Vaccination report Assam 1896-1927 - 1896-1927
Year: 1896
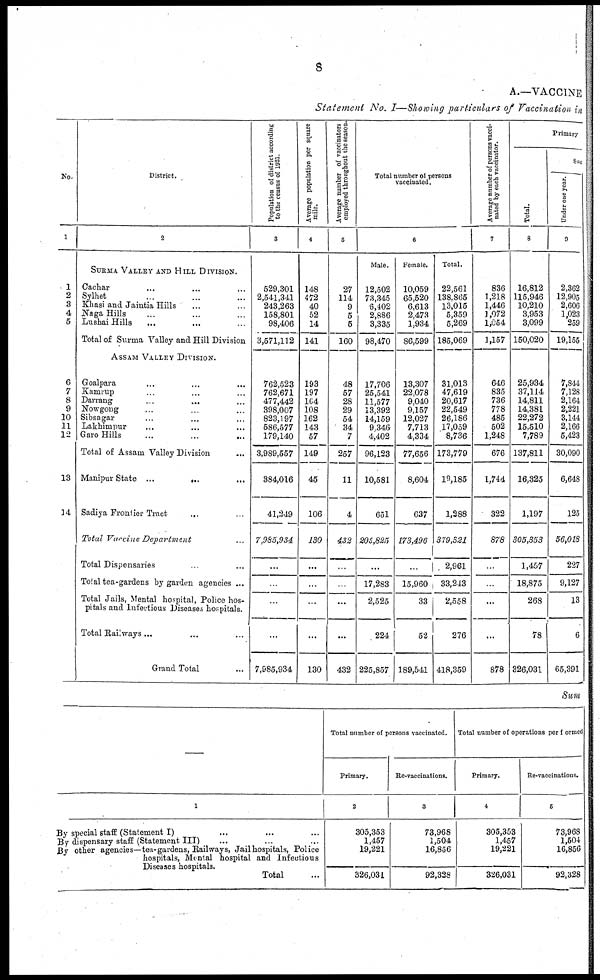
8
A.—VACCINE
Statement No. I—Showing particulars of Vaccination in
No.
1
1
2
3
4
5
6
7
8
9
10
11
12
13
14
District.
2
SURMA VALLEY AND HILL DIVISION.
Cachar... ...
Sylhet... ...
Khasi and Jaintia Hills... ...
Naga Hills... ...
Lushai Hills... ...
Total of Surma Valley and Hill Division
ASSAM VALLEY DIVISION.
Goalpara
Kamrup... ...
Darrang...
...
Nowgong...
...
Sibsagar... ...
Lakhimpur... ...
Garo Hills... ...
Total of Assam Valley Division
Manipur
State...
...
Sadiya Frontier Tract... ...
Total Vaccine Department
Total Dispensaries...
Total tea-gardens by garden agencies ...
Total Jails, Mental hospital, Police hos-
pitals and Infectious Diseases hospitals.
Total Railways...
Grand Total...
Population of district according
to the census of 1921.
3
529,301
2,541,341
243,263
158,801
98,406
3,571,112
762,523
762,671
477,442
398,007
823,197
586,577
179,140
3,989,557
384,016
41,249
7,985,934
...
...
...
...
7,985,934
Average population per square
mile.
4
148
472
40
52
14
141
193
197
164
108
162
143
57
149
45
106
130
...
...
...
...
130
Average number of vaccinators
employed throughout the season.
5
27
114
9
5
5
160
48
57
28
29
54
34
7
257
11
4
432
...
...
...
...
432
Total number of persons
vaccinated.
6
Male.
12,502
73,345
6,402
2,886
3,335
98,470
17,706
25,541
11,577
13,392
14,159
9,346
4,402
96,123
10,581
651
205,825
...
17,283
2,525
224
225,857
Female.
10,059
65,520
6,613
2,473
1,934
86,599
13,307
22,078
9,040
9,157
12,027
7,713
4,334
77,656
8,604
637
173,496
...
15,960
33
52
189,541
Total.
22,561
138,865
13,015
5,359
5,269
185,069
31,013
47,619
20,617
22,549
26,186
17,059
8,736
173,779
19,185
1,288
379,321
2,961
33,213
2,558
276
418,359
Average number of persons vacci-
nated by each vaccinator.
7
836
1,218
1,446
1,072
1,054
1,157
646
835
736
778
485
502
1,248
676
1,744
322
878
...
...
...
...
878
Primary
Total.
8
16,812
115,946
10,210
3,953
3,099
150,020
25,934
37,114
14,811
14,381
22,272
15,510
7,789
137,811
16,325
1,197
305,353
1,457
18,875
268
78
326,031
Suc
Under one year.
9
2,362
12,905
2,606
1,023
259
19,155
7,844
7,128
2,164
2,221
3,144
2,166
5,423
30,090
6,648
125
56,018
227
9,127
13
6
65,391
Sum
—
1
By special staff (Statement I)... ... ...
By dispensary staff (Statement III)... ...
By other agencies—tea-gardens, Railways, Jail hospitals, Police
hospitals, Mental hospital and Infectious
Diseases hospitals.
Total...
Total number of persons vaccinated.
Primary.
2
305,353
1,457
19,221
326,031
Re-vaccinations.
3
73,968
1,504
16,856
92,328
Total number of operations performed
Primary.
4
305,353
1,457
19,221
326,031
Re-vaccinations.
5
73,968
1,504
16,856
92,328